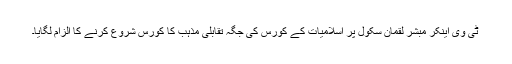
ٹی وی اینکر مبشر لقمان سکول پر اسلامیات کے کورس کی جگہ تقابلی مذہب کا کورس شروع کرنے کا الزام لگایا۔